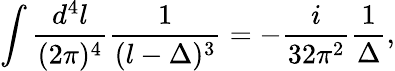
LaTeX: \int\frac{d^{4}l}{(2\pi)^{4}}\frac{1}{(l-\Delta)^{3}}=-\frac{i}{32\pi^{2}}\frac{1}{\Delta},